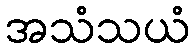
အသံသယံ